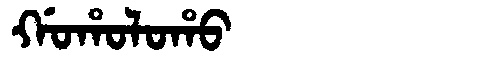
Manchu: ᡤᠣᡥᠣᠯᠣᡥᠣ
Romanization: GOHOLOHO